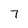
Character: 7